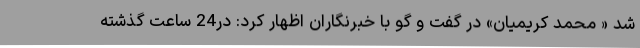
شد « محمد کریمیان» در گفت و گو با خبرنگاران اظهار کرد: در24 ساعت گذشته